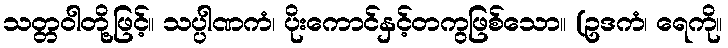
သတ္တဝါတို့ဖြင့်။ သပ္ပါဏကံ၊ ပိုးကောင်နှင့်တကွဖြစ်သော။ (ဥဒကံ၊ ရေကို။